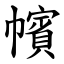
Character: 㡦